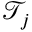
\mathcal { T } _ { j }